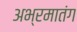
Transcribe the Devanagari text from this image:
अभ्रमातंग